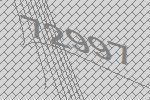
72997